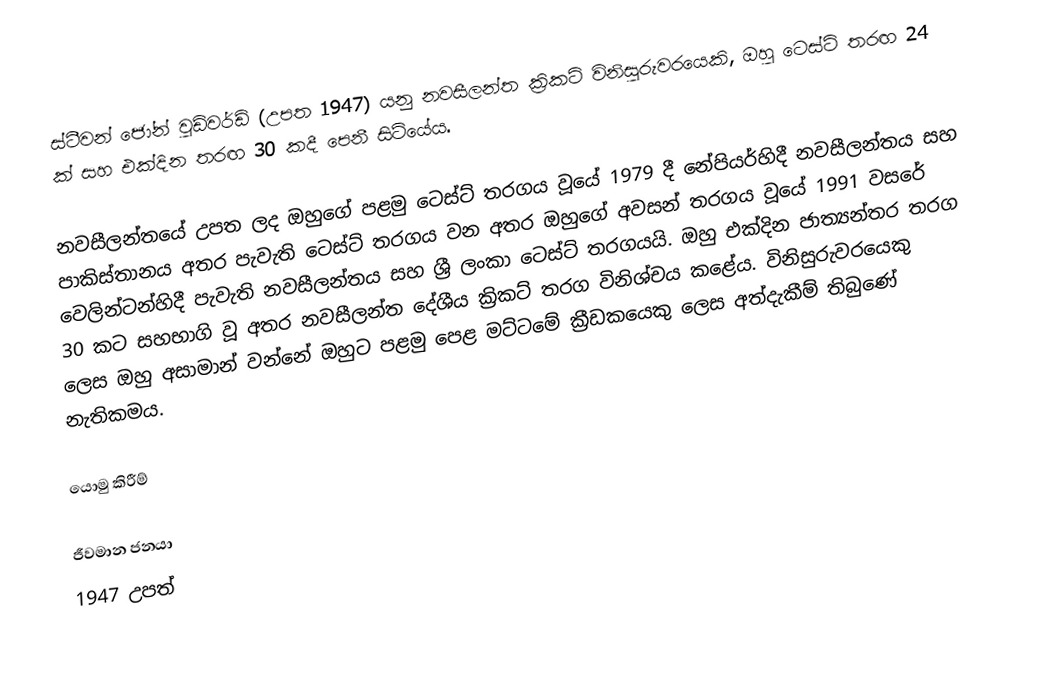
ස්ටීවන් ජෝන් වුඩ්වර්ඩ් (උපත 1947) යනු නවසීලන්ත ක්‍රිකට් විනිසුරුවරයෙකි, ඔහු ටෙස්ට් තරඟ 24 ක් සහ එක්දින තරඟ 30 කදී පෙනී සිටියේය.

නවසීලන්තයේ උපත ලද ඔහුගේ පළමු ටෙස්ට් තරගය වූයේ 1979 දී නේපියර්හිදී නවසීලන්තය සහ පාකිස්තානය අතර පැවැති ටෙස්ට් තරගය වන අතර ඔහුගේ අවසන් තරගය වූයේ 1991 වසරේ වෙලින්ටන්හිදී පැවැති නවසීලන්තය සහ ශ්‍රී ලංකා ටෙස්ට් තරගයයි. ඔහු එක්දින ජාත්‍යන්තර තරග 30 කට සහභාගි වූ අතර නවසීලන්ත දේශීය ක්‍රිකට් තරග විනිශ්චය කළේය. විනිසුරුවරයෙකු ලෙස ඔහු අසාමාන්‍ වන්නේ ඔහුට පළමු පෙළ මට්ටමේ ක්‍රීඩකයෙකු ලෙස අත්දැකීම් තිබුණේ නැතිකමය.

යොමු කිරීම්

ජීවමාන ජනයා
1947 උපත්